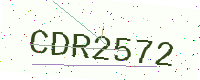
Text: CDR2572